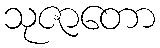
သုဇာတော